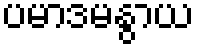
ပမာဒမနွာယ